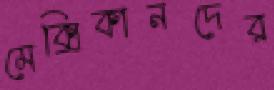
মেক্সিকানদের